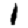
Digit: 1